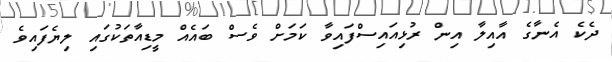
ދެކެ އެނާގެ އާއިލާ އިން ރުޅިއައިސްފައިވާ ކަމަށްް ވެސް ބައެއް މީޑިއާތަކުގައި ލިޔެފައިވެ